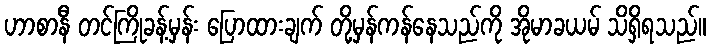
ဟာစာနီ တင်ကြိုခန့်မှန်း ပြောထားချက် တို့မှန်ကန်နေသည်ကို အိုမာခယမ် သိရှိရသည်။